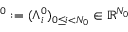
{ { \mathbf \Lambda } ^ { 0 } } : = ( \Lambda _ { i } ^ { 0 } ) _ { 0 \le i < N _ { 0 } } \in \mathbb { R } ^ { N _ { 0 } }